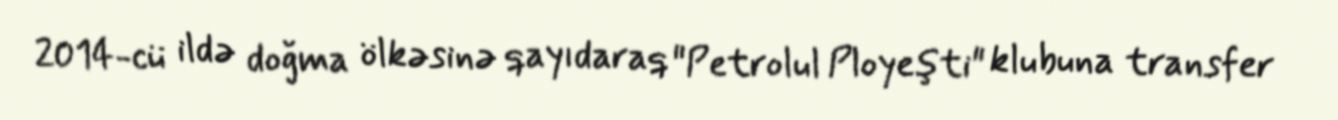
2014-cü ildə doğma ölkəsinə qayıdaraq "Petrolul Ployeşti" klubuna transfer